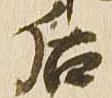
后